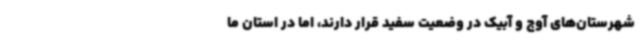
شهرستان‌های آوج و آبیک در وضعیت سفید قرار دارند، اما در استان ما